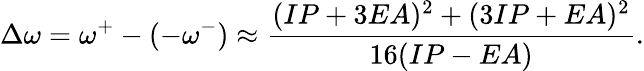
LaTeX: \Delta\omega=\omega^{+}-(-\omega^{-})\approx\frac{(IP+3EA)^{2}+(3IP+EA)^{2}}{16(IP-EA)}.